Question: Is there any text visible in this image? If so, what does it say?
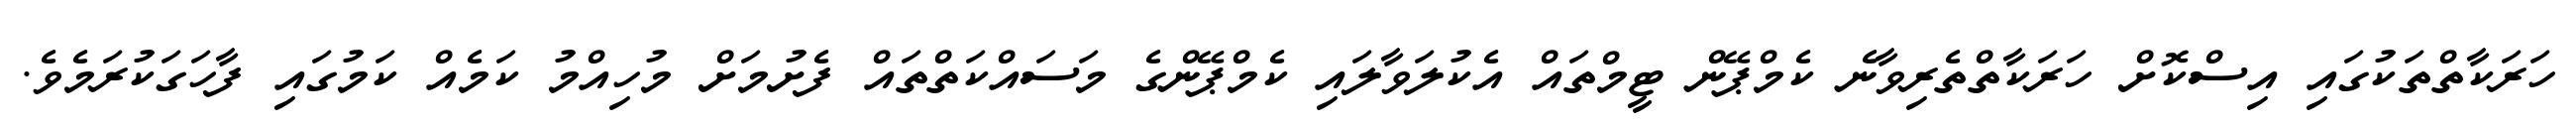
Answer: ހަރަކާތްތަކުގައި އިސްކޮށް ހަރަކާތްތެރިވާނެ ކެމްޕޭން ޓީމްތައް އެކުލަވާލައި ކެމްޕޭންގެ މަސައްކަތްތައް ފެށުމަށް މުހިއްމު ކަމެއް ކަމުގައި ފާހަގަކުރަމެވެ.